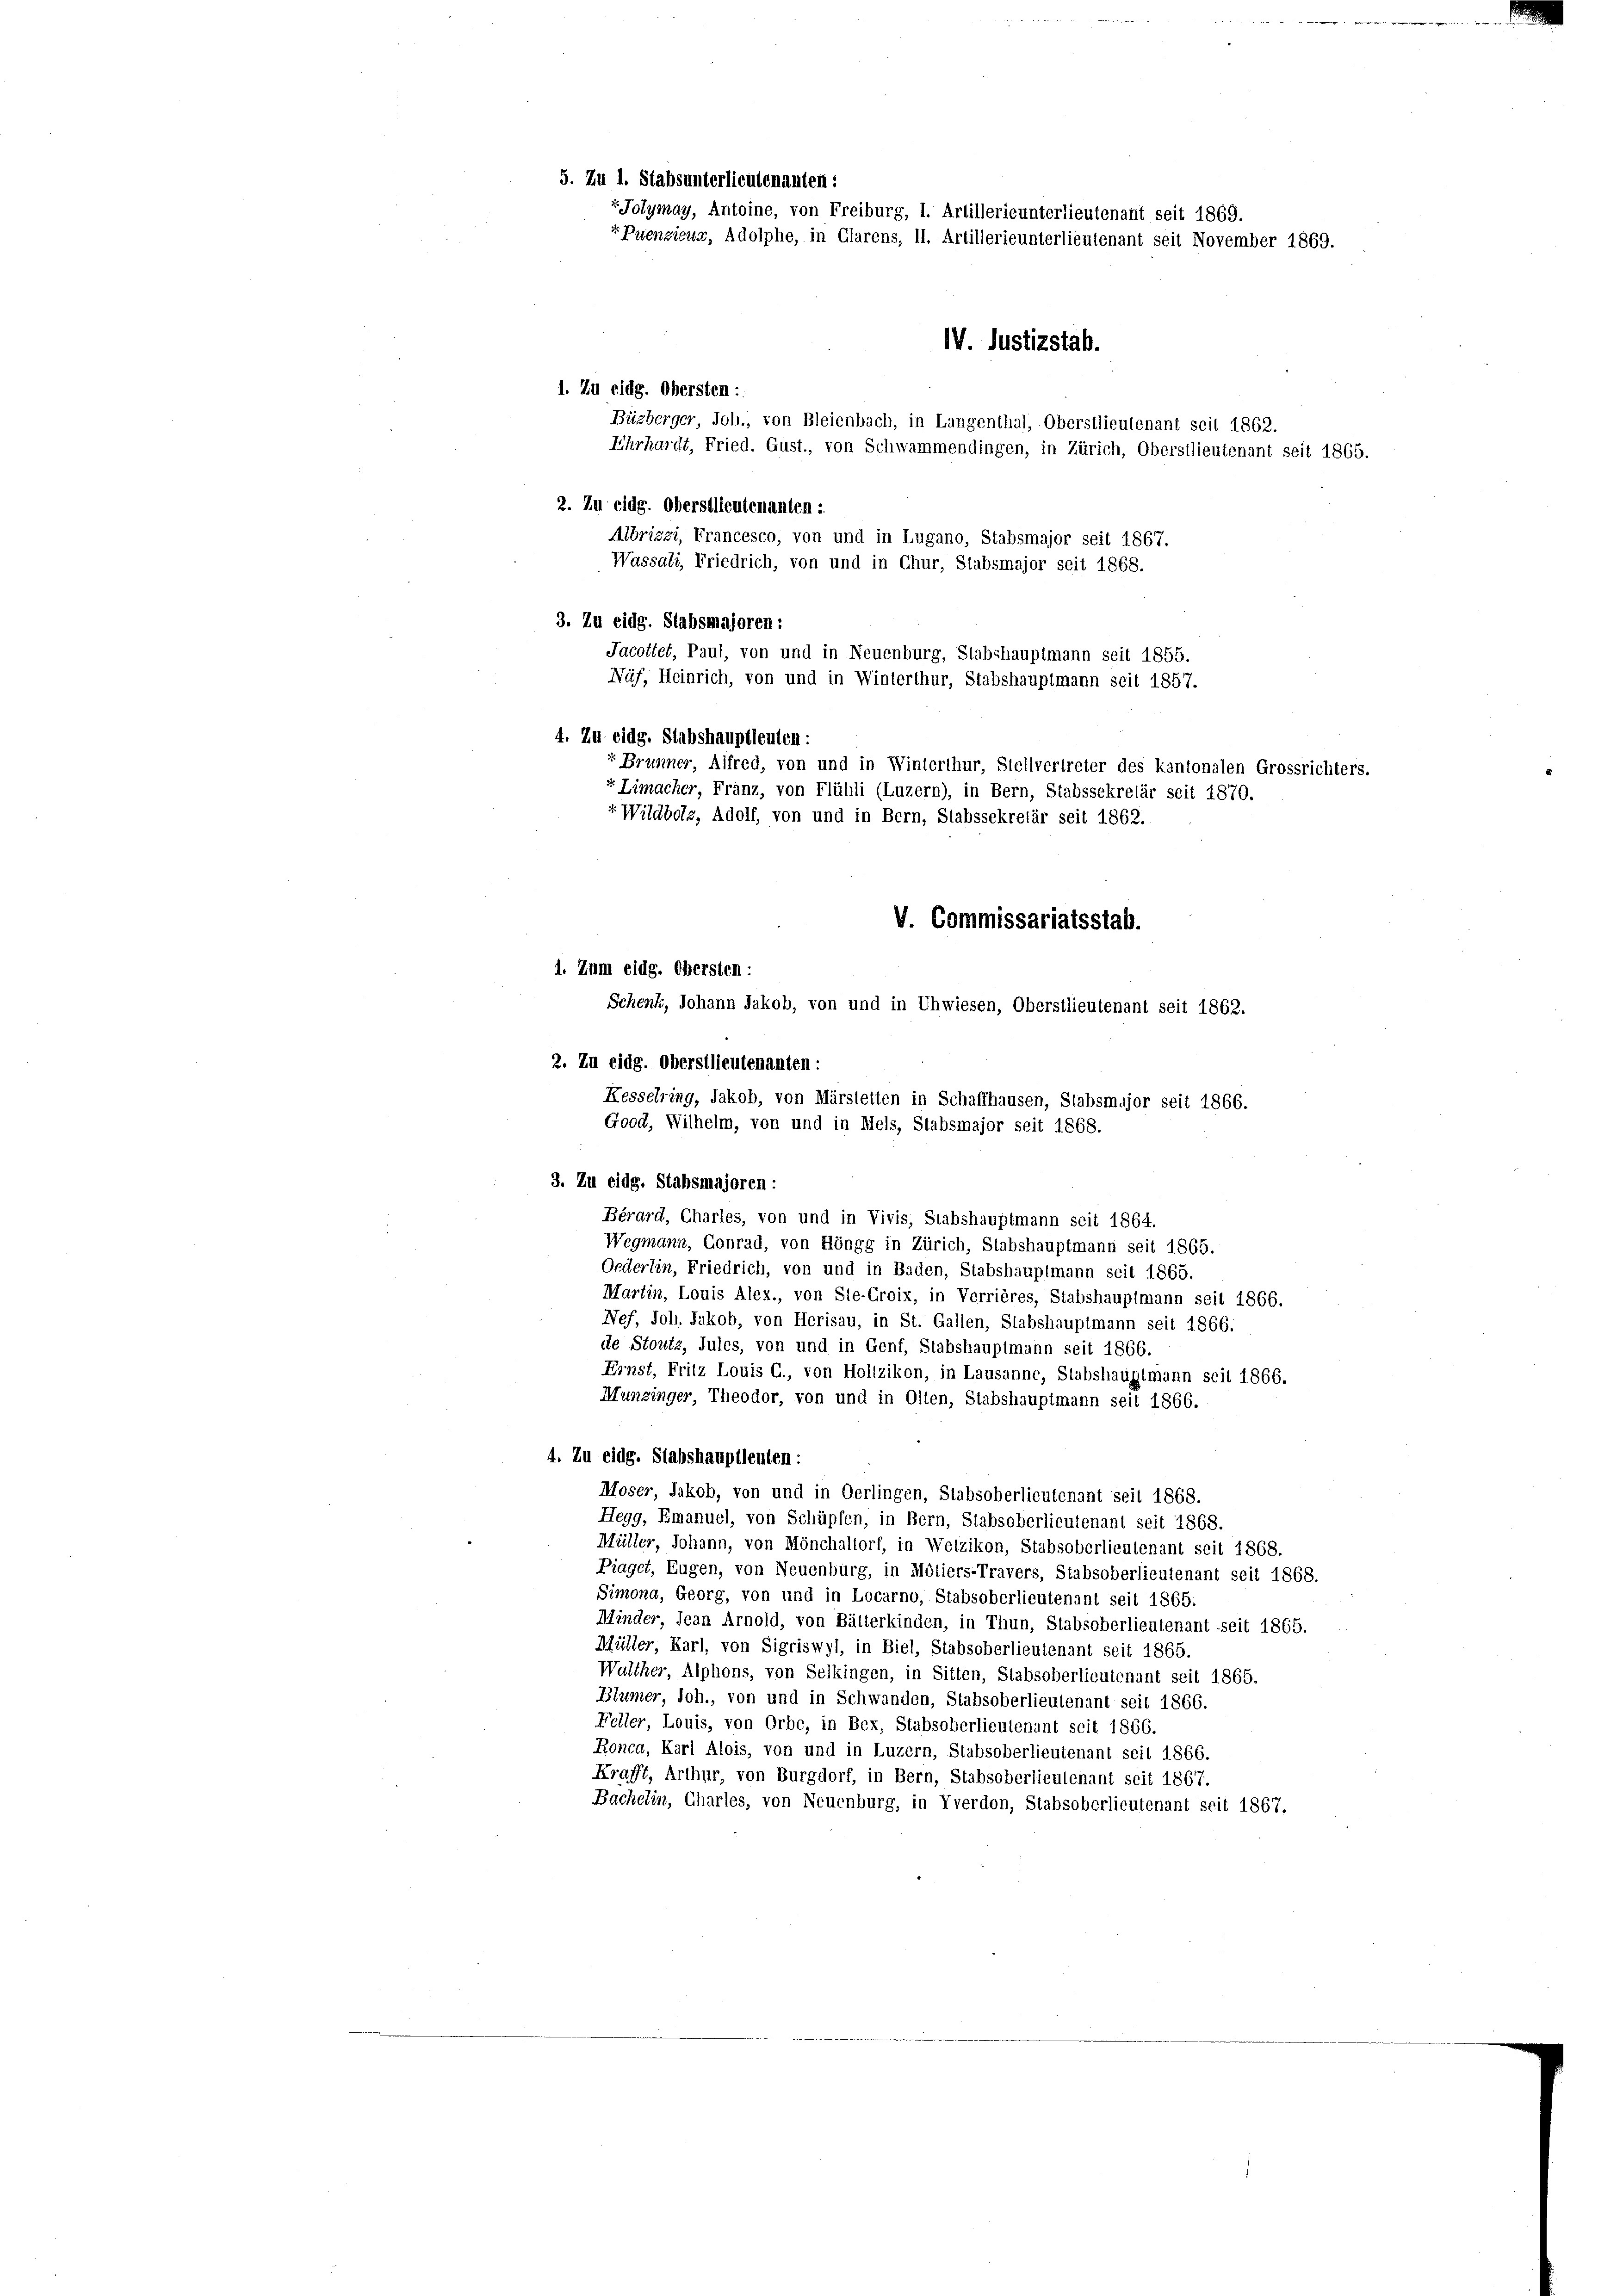
5. Zu 1. Stabsunterlieutenanten:
v Jolymay, Antoine, von Freiburg, 1. Artillerie unterlieutenant seit 1869.
EPuenzieur, Adolphe, in Glarus, II. Artillerieunterlieutenant seit November 1869.
1. Zu eidg. Obersten :
Büzberger, Joh., von Bleienbach, in Langenthal, Oberstlieutenant seit 1862.
Ehrhardt, Fried. Gust., von Schwammendingen, in Zürich, Oberstlieutenant seit 1865.
2. Zu eidg. Oberstlieutenanten :

IV. Justizstab.

Albrizzi, Francesco, von und in Lugano, Stabsmajor seit 1867.
Wassali, Friedrich, von und in Chur, Stabsmajor seit 1868.
3. Zu eidg. Stabsmajoren:
Jacottet, Paul, von und in Neuenburg, Stabshauptmann seit 1855.
Näf, Heinrich, von und in Winterthur, Stabshauptmann seit 1857.
4. Zu eidg. Stabshauptleuten:
r Brunner, Alfred, von und in Winterthur, Stellvertreter des kantonalen Grossrichters.
 Limacher, Franz, von Flühli (Luzern), in Bern, Stabssekretär seit 1870.
“Wildbolz, Adolf, von und in Bern, Stabssekretär seit 1862.

V. Commissariatsstab.
1. Zum eidg. Obersten :

2. Zu eidg. Oberstlieutenanten:
3. Zu eidg. Stabsmajoren :
Bérard, Chartes, von und in Vivis, Stabshauptmann seit 1864.
Wegmann, Conrad, von Höngg in Zürich, Stabshauptmann seit 1865.
Oederlin, Friedrich, von und in Baden, Stabshauptmann seit 1865.
Martin, Louis Alex., von Ste-Croix, in Verrières, Stabshauptmann seit 1866.
Nef, Joh. Jakob, von Herisau, in St. Gallen, Stabshauptmann seit 1866.
de Stoutz, Jules, von und in Genf, Stabshauptmann seit 1866.
Ernst, Fritz Louis G., von Hollzikon, in Lausanne, Stabshauptmann seit 1866.
Munzinger, Theodor, von und in Olten, Stabshauptmann seit 1866.
4. Zu eidg. Stabshauptleuten:
Moser, Jakob, von und in Oerlingen, Stabsoberlieutenant seit 1868.
Hegg, Emanuel, von Schüpfen, in Bern, Stabsoberlieutenant seit 1868.
Müller, Johann, von Mönchaltorf, in Wetzikon, Stabsoberlieutenant seit 1868.
Piaget, Eugen, von Neuenburg, in Moliers-Travers, Stabsoberlieutenant seit 1868.
Simona, Georg, von und in Locarno, Stabsoberlieutenant seit 1865.
Minder, Jean Arnold, von Bätterkinden, in Thun, Stabsoberlieutenant seit 1865.
Müller, Karl, von Sigriswyl, in Biel, Stabsoberlieutenant seit 1865.
Walther, Alphons, von Selkingen, in Sitten, Stabsoberlieutenant seit 1865.
Blümer, Joh., von und in Schwanden, Stabsoberlieutenant seit 1866.
Feller, Louis, von Orbe, in Bex, Stabsoberlieutenant seit 1866.
Ronca, Karl Alois, von und in Luzern, Stabsoberlieutenant seit 1866.
Kraft, Arthur, von Burgdorf, in Bern, Stabsoberlieutenant seit 1867.
Bachelin, Charles, von Neuenburg, in Yverdon, Stabsoberlieutenant seit 1867.

Schenk, Johann Jakob, von und in Uhwiesen, Oberstlieutenant seit 1862.

Kesselring, Jakob, von Märstetten in Schaffhausen, Stabsmajor seit 1866.
Good, Wilhelm, von und in Mels, Stabsmajor seit 1868.